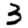
Digit: 3